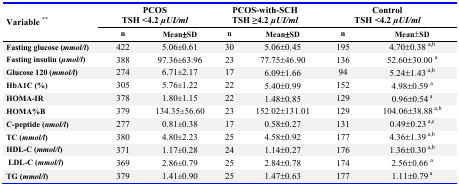
<table><thead><tr><td rowspan="3"><b>Variable **</b></td><td colspan="2"><b>PCOS TSH &lt;4.2 <i>μUI/ml</i></b></td><td colspan="2"><b>PCOS-with-SCH TSH ≥4.2 <i>μUI/ml</i></b></td><td colspan="2"><b>Control TSH &lt;4.2 <i>μUI/ml</i></b></td></tr><tr><td><b>n</b></td><td><b>Mean±SD</b></td><td><b>n</b></td><td><b>Mean±SD</b></td><td><b>n</b></td><td><b>Mean±SD</b></td></tr></thead><tbody><tr><td><b>Fasting glucose (<i>mmol/l</i>)</b></td><td>422</td><td>5.06±0.61</td><td>30</td><td>5.06±0.45</td><td>195</td><td>4.70±0.38 <sup>a,b</sup></td></tr><tr><td><b>Fasting insulin (<i>μmol/l</i>)</b></td><td>388</td><td>97.36±63.96</td><td>23</td><td>77.75±46.90</td><td>136</td><td>52.60±30.00 <sup>a</sup></td></tr><tr><td><b>Glucose 120 (<i>mmol/l</i>)</b></td><td>274</td><td>6.71±2.17</td><td>17</td><td>6.09±1.66</td><td>94</td><td>5.24±1.43 <sup>a,b</sup></td></tr><tr><td><b>HbA1C (<i>%</i>)</b></td><td>305</td><td>5.76±1.22</td><td>22</td><td>5.40±0.99</td><td>152</td><td>4.98±0.59 <sup>a</sup></td></tr><tr><td><b>HOMA-IR</b></td><td>378</td><td>1.80±1.15</td><td>22</td><td>1.48±0.85</td><td>129</td><td>0.96±0.54 <sup>a</sup></td></tr><tr><td><b>HOMA%B</b></td><td>379</td><td>134.35±56.60</td><td>23</td><td>152.02±131.01</td><td>129</td><td>104.06±38.88 <sup>a,b</sup></td></tr><tr><td><b>C-peptide (<i>nmol/l</i>)</b></td><td>277</td><td>0.81±0.38</td><td>17</td><td>0.58±0.27</td><td>131</td><td>0.49±0.23 <sup>a,c</sup></td></tr><tr><td><b>TC (<i>mmol/l</i>)</b></td><td>380</td><td>4.80±2.23</td><td>25</td><td>4.58±0.92</td><td>177</td><td>4.36±1.39 <sup>a,b</sup></td></tr><tr><td><b>HDL-C (<i>mmol/l</i>)</b></td><td>371</td><td>1.17±0.28</td><td>24</td><td>1.14±0.27</td><td>176</td><td>1.36±0.30 <sup>a,b</sup></td></tr><tr><td><b>LDL-C (<i>mmol/l</i>)</b></td><td>369</td><td>2.86±0.79</td><td>25</td><td>2.84±0.78</td><td>174</td><td>2.56±0.66 <sup>a</sup></td></tr><tr><td><b>TG (<i>mmol/l</i>)</b></td><td>379</td><td>1.41±0.90</td><td>25</td><td>1.47±0.63</td><td>177</td><td>1.11±0.79 <sup>a</sup></td></tr></tbody></table>